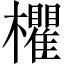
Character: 欋